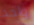
واحد